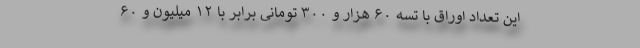
این تعداد اوراق با تسه ۶۰ هزار و ۳۰۰ تومانی برابر با ۱۲ میلیون و ۶۰